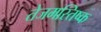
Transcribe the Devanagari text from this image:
तेजमस्तिष्क